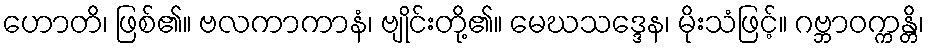
ဟောတိ၊ ဖြစ်၏။ ဗလကာကာနံ၊ ဗျိုင်းတို့၏။ မေဃသဒ္ဒေန၊ မိုးသံဖြင့်။ ဂဗ္ဘာဝက္ကန္တိ၊